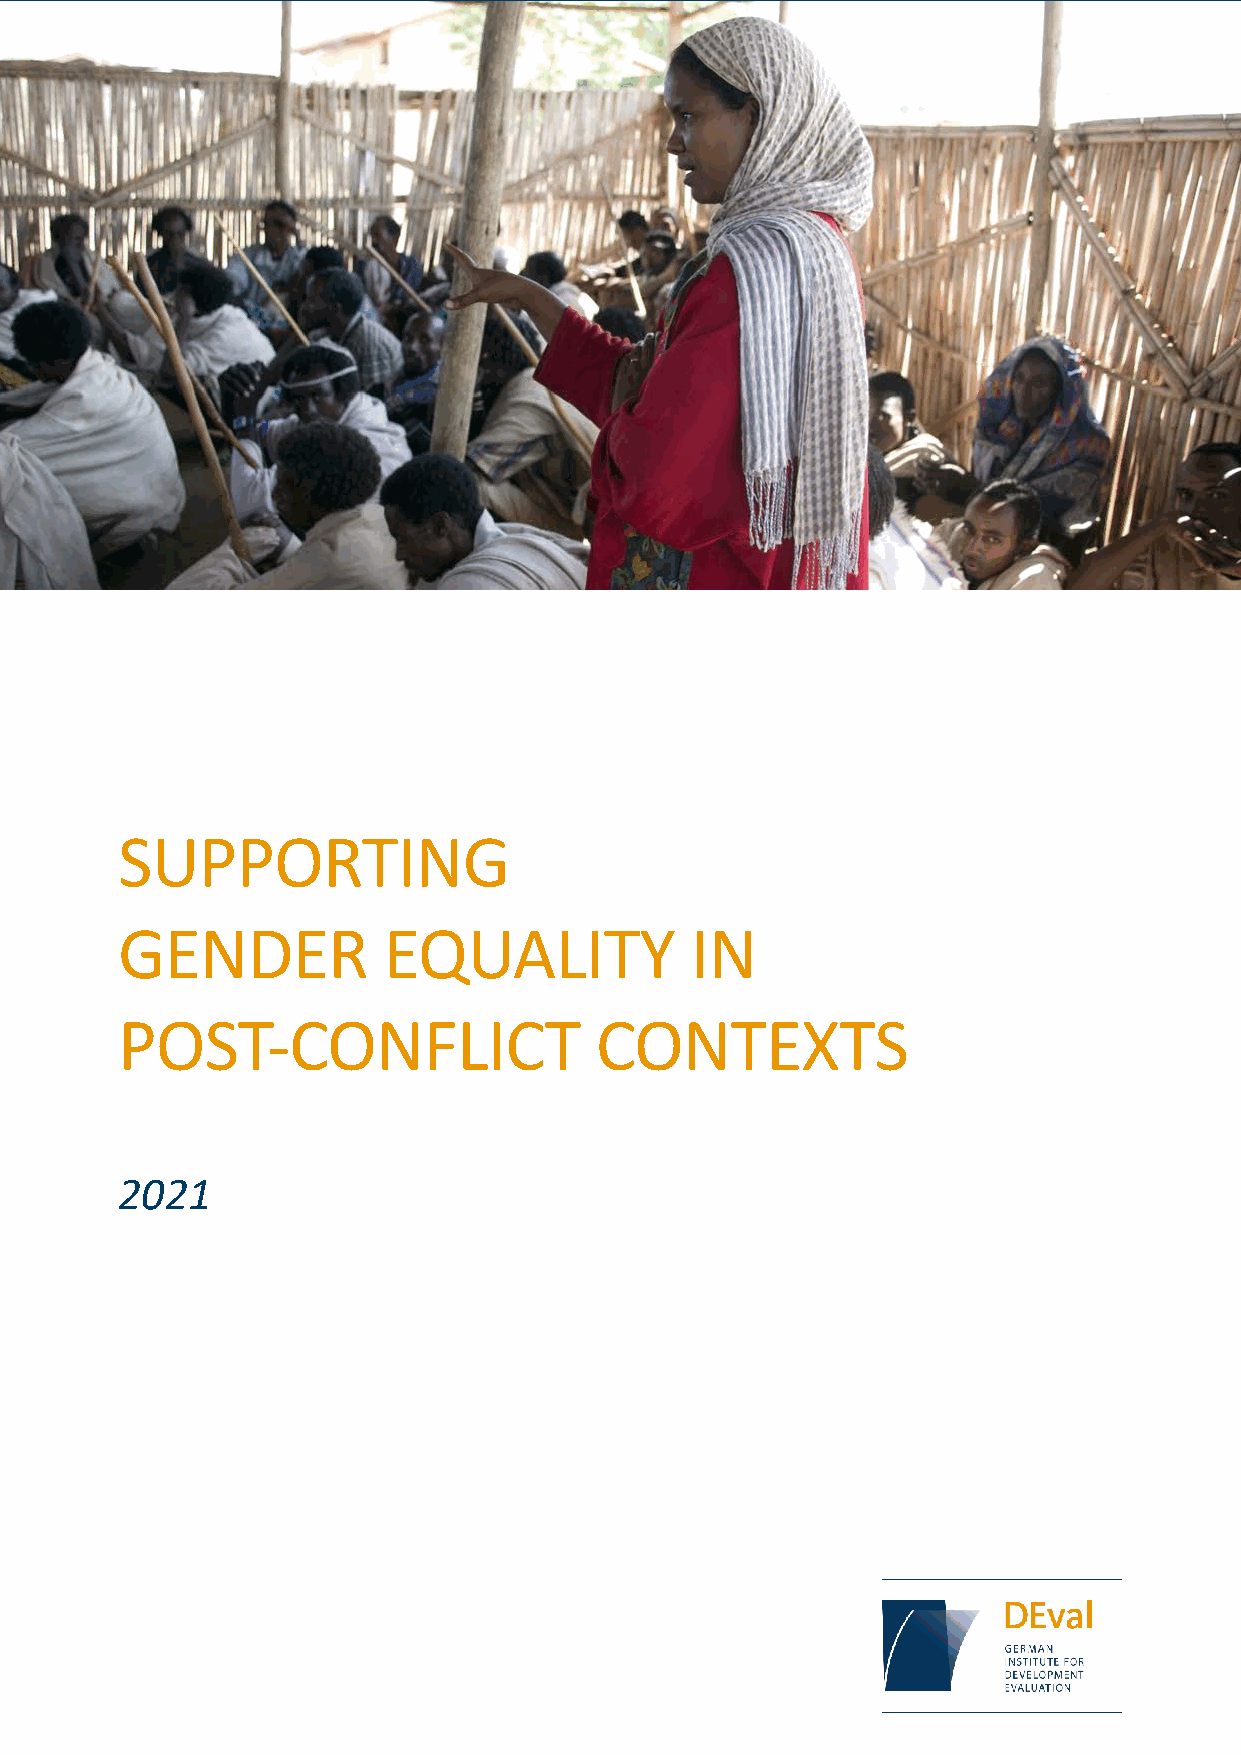
SUPPORTING
 GENDER            EQUALITY            IN
 POST-CONFLICT                   CONTEXTS
 2021